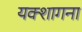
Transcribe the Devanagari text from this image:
यक्शागना